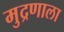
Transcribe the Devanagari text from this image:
मुद्रणाला